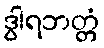
ဒွါရဘတ္တံ